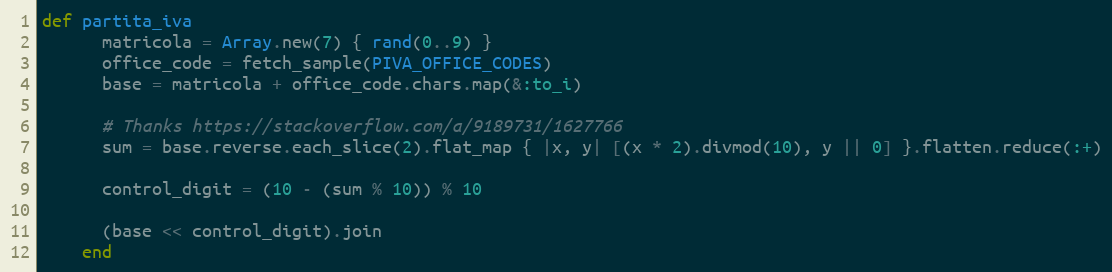
Language: Ruby
def partita_iva
      matricola = Array.new(7) { rand(0..9) }
      office_code = fetch_sample(PIVA_OFFICE_CODES)
      base = matricola + office_code.chars.map(&:to_i)

      # Thanks https://stackoverflow.com/a/9189731/1627766
      sum = base.reverse.each_slice(2).flat_map { |x, y| [(x * 2).divmod(10), y || 0] }.flatten.reduce(:+)

      control_digit = (10 - (sum % 10)) % 10

      (base << control_digit).join
    end